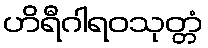
ဟိရီဂါရဝသုတ္တံ